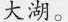
大湖。